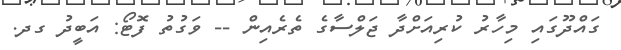
ގައްދޫގައި މިހާރު ކުރިއަށްދާ ޖަލްސާގެ ތެރެއިން -- ވަގުތު ފޮޓޯ: އަބީދު ގދ.